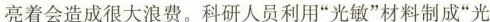
亮着会造成很大浪费。科研人员利用”光敏”材料制成”光